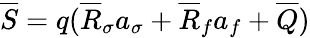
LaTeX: \overline{{S}}=q(\overline{{R}}_{\sigma}a_{\sigma}+\overline{{R}}_{f}a_{f}+\overline{{Q}})